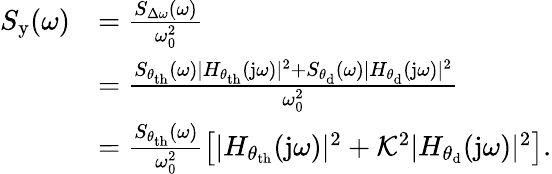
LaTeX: \begin{array}{rl}{S_{\mathrm{y}}(\omega)}&{=\frac{S_{\Delta\omega}(\omega)}{\omega_{0}^{2}}}\\ &{=\frac{S_{\theta_{\mathrm{th}}}(\omega)|H_{\theta_{\mathrm{th}}}(\mathrm{j}\omega)|^{2}+S_{\theta_{\mathrm{d}}}(\omega)|H_{\theta_{\mathrm{d}}}(\mathrm{j}\omega)|^{2}}{\omega_{0}^{2}}}\\ &{=\frac{S_{\theta_{\mathrm{th}}}(\omega)}{\omega_{0}^{2}}\left[|H_{\theta_{\mathrm{th}}}(\mathrm{j}\omega)|^{2}+\mathcal{K}^{2}|H_{\theta_{\mathrm{d}}}(\mathrm{j}\omega)|^{2}\right].}\end{array}